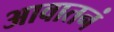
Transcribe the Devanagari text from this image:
आवातनं